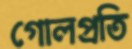
গোলপ্রতি